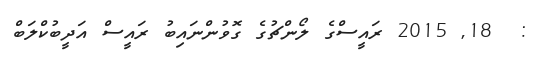
:  18